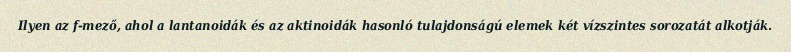
Ilyen az f-mező, ahol a lantanoidák és az aktinoidák hasonló tulajdonságú elemek két vízszintes sorozatát alkotják.